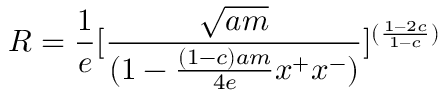
R = { \frac { 1 } { e } } [ { \frac { \sqrt { a m } } { ( 1 - { \frac { ( 1 - c ) a m } { 4 e } } x ^ { + } x ^ { - } ) } } ] ^ { ( { \frac { 1 - 2 c } { 1 - c } } ) }